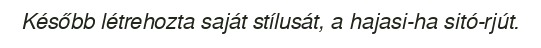
Később létrehozta saját stílusát, a hajasi-ha sitó-rjút.